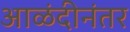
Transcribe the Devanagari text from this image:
आळंदीनंतर